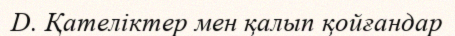
D. Қателіктер мен қалып қойғандар